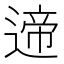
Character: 遆